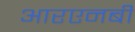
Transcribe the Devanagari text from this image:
आरएनबी